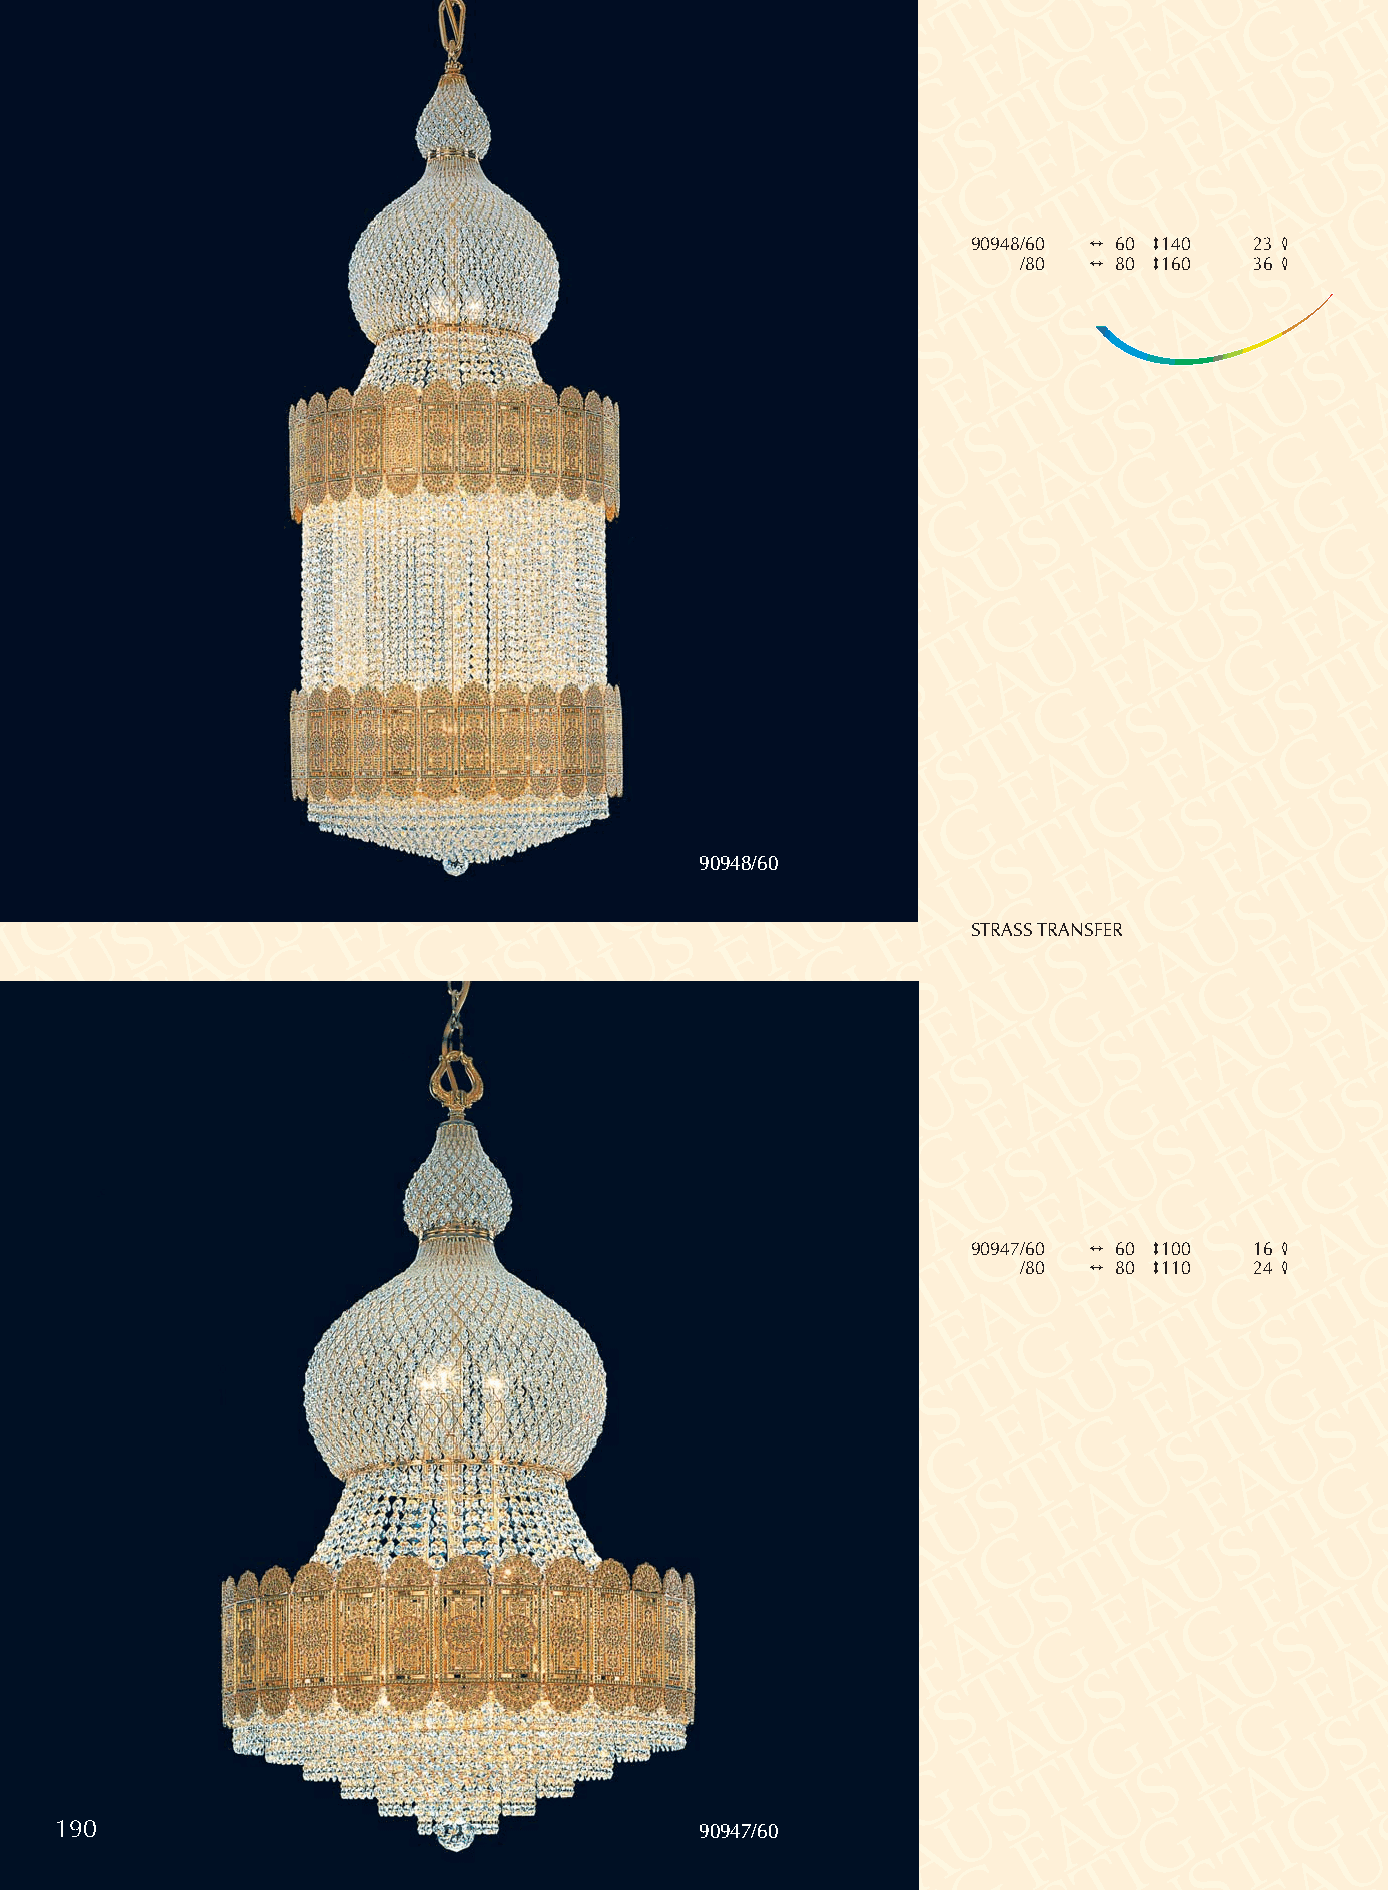
90948/60 2 60 3140 23 4
 /80 2 80 3160  36 4
 90948/60
 STRASSTRANSFER
 90947/60 2 60 3100 16 4
 /80 2 80 3110  24 4
 190                                       90947/60